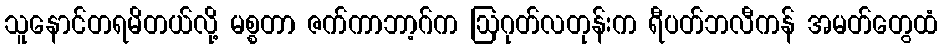
သူနောင်တရမိတယ်လို့ မစ္စတာ ဇက်ကာဘာ့ဂ်က ဩဂုတ်လတုန်းက ရီပတ်ဘလီကန် အမတ်တွေထံ